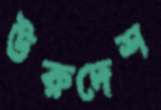
ঊরুদেশ